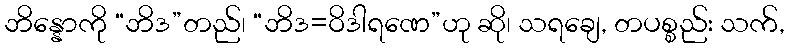
ဘိန္နောကို “ဘိဒ”တည်၊ “ဘိဒ=ဝိဒါရဏေ”ဟု ဆို၊ သရချေ, တပစ္စည်း သက်,